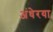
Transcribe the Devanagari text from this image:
अंधेरया